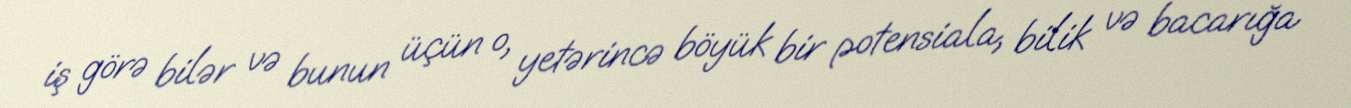
iş görə bilər və bunun üçün o, yetərincə böyük bir potensiala, bilik və bacarığa